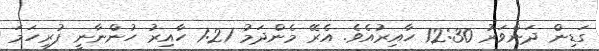
ގަޑިން ދަންވަރު 12:30 ހާއިރުއެވެ. އެރޭ މެންދަމު 1:21 ހާއިރު ހުންނާނީ ފުރިހަމަ